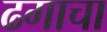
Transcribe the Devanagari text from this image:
ढगाचा